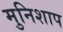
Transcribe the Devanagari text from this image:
मुनिशाप